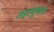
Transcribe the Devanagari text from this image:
तहानूसार